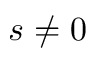
s \neq 0